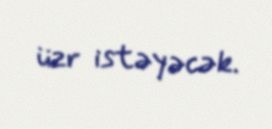
üzr istəyəcək.